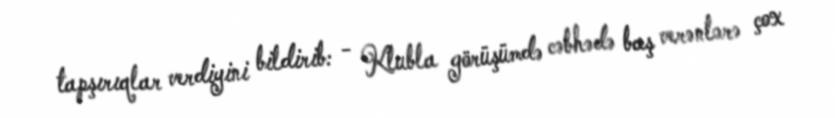
tapşırıqlar verdiyini bildirib: - Klubla görüşümdə cəbhədə baş verənlərə çox